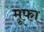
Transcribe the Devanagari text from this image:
मूफा